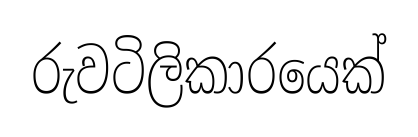
රුවටිලිකාරයෙක්